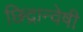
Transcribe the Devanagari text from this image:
छिद्रान्वेषी